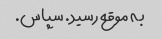
به موقع رسید. سپاس.